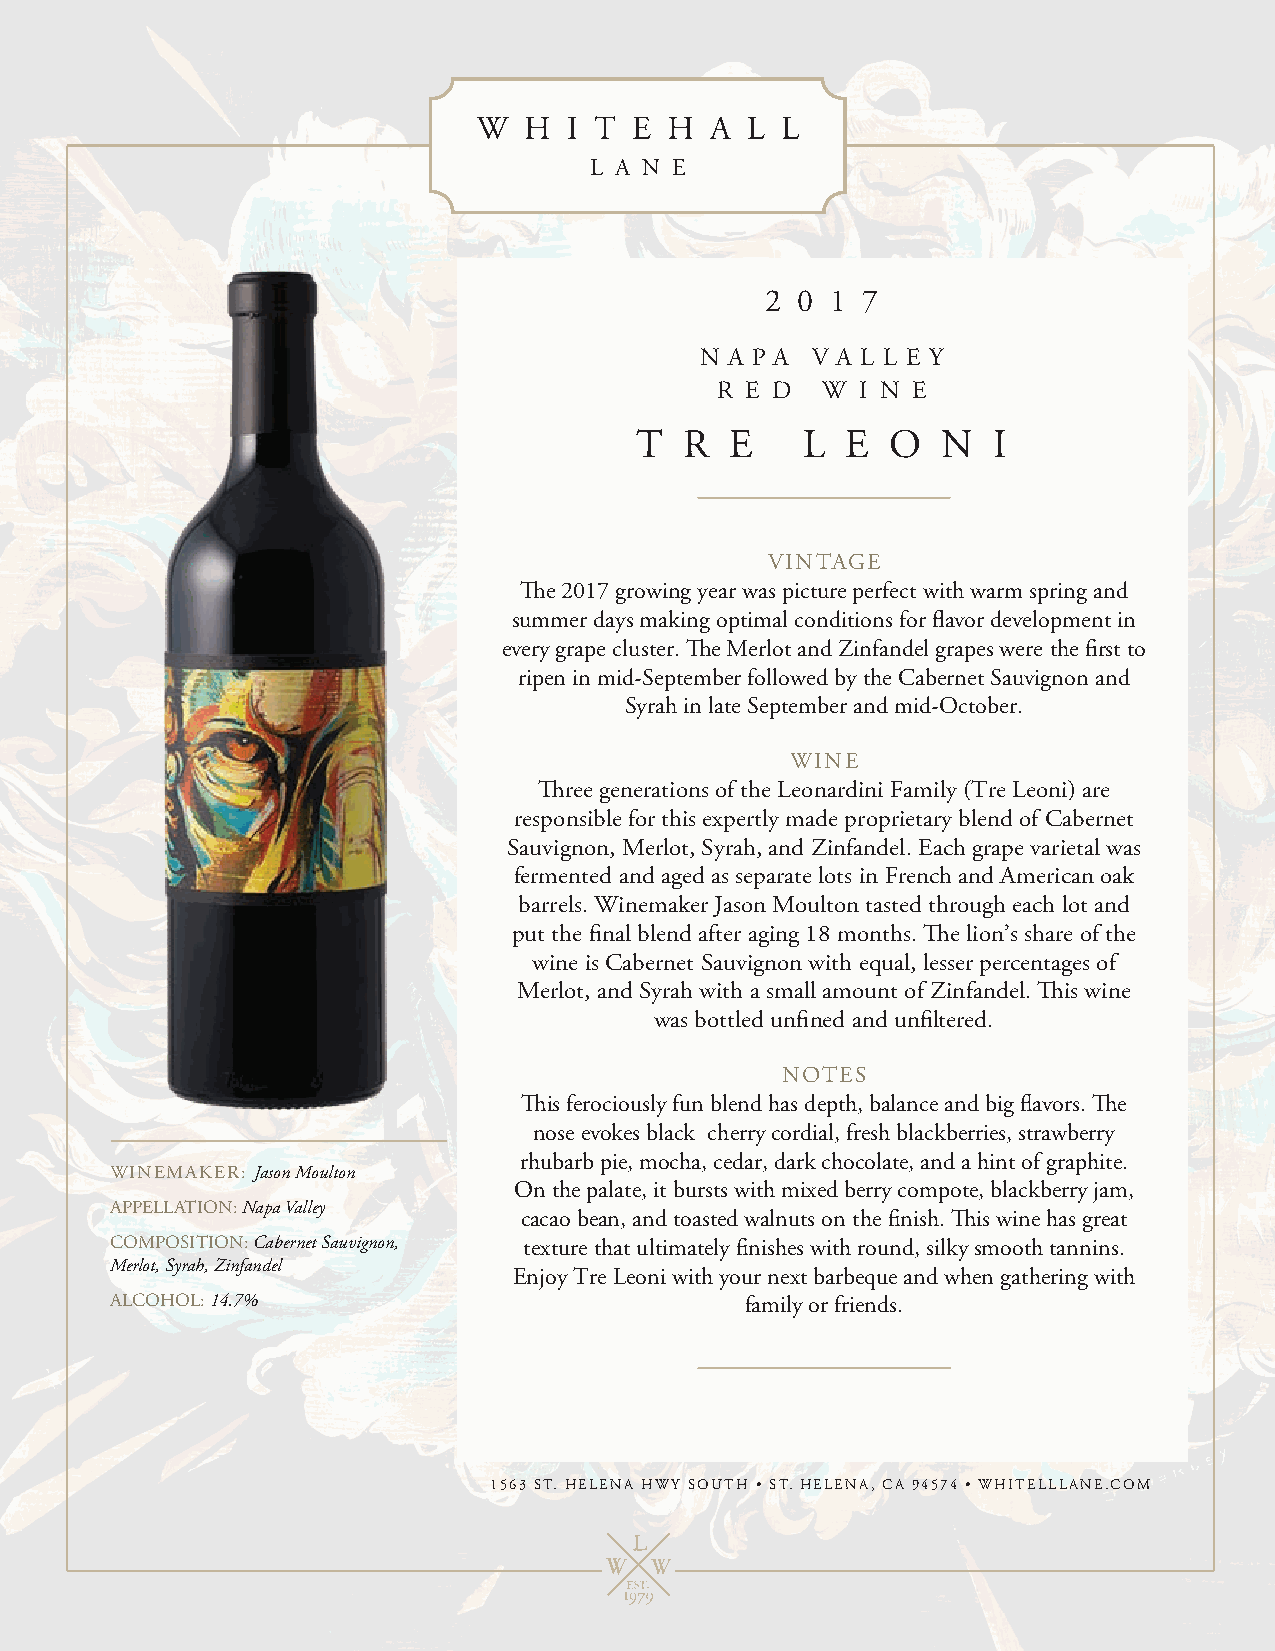
2 0 1 7
 N A P A V A L L E Y
 R E D  W  I N E
 T  R  E    L  E  O  N   I
 VINTAGE
 The 2017 growing year was picture perfect with warm spring and
 summer days making optimal conditions for flavor development in
 every grape cluster. The Merlot and Zinfandel grapes were the first to
 ripen in mid-September followed by the Cabernet Sauvignon and
 Syrah in late September and mid-October.
 WINE
 Three generations of the Leonardini Family (Tre Leoni) are
 responsible for this expertly made proprietary blend of Cabernet
 Sauvignon, Merlot, Syrah, and Zinfandel. Each grape varietal was
 fermented and aged as separate lots in French and American oak
 barrels. Winemaker Jason Moulton tasted through each lot and
 put the final blend after aging 18 months. The lion’s share of the
 wine is Cabernet Sauvignon with equal, lesser percentages of
 Merlot, and Syrah with a small amount of Zinfandel. This wine
 was bottled unfined and unfiltered.
 NOTES
 This ferociously fun blend has depth, balance and big flavors. The
 nose evokes black cherry cordial, fresh blackberries, strawberry
 rhubarb pie, mocha, cedar, dark chocolate, and a hint of graphite.
 WINEMAKER: Jason Moulton
 On the palate, it bursts with mixed berry compote, blackberry jam,
 APPELLATION: Napa Valley
 cacao bean, and toasted walnuts on the finish. This wine has great
 COMPOSITION: Cabernet Sauvignon, texture that ultimately finishes with round, silky smooth tannins.
 Merlot, Syrah, Zinfandel
 Enjoy Tre Leoni with your next barbeque and when gathering with
 ALCOHOL: 14.7%                            family or friends.
 1563 ST. HELENA HWY SOUTH • ST. HELENA, CA 94574 • WHITELLLANE.COM